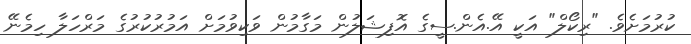
ކުރުމަށެވެ. "ރިކޯލް" އަކީ އޭ.އެން.ސީގެ އޮފިޝަލުން މަގާމުން ވަކިވުމަށް އަމުރުކުރުގެ މަރްހަލާ ހިމެނޭ